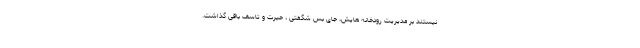
نیستند بر مدیریت رودخانه هایش، جای بس شگفتی ، حیرت و تاسف باقی گذاشت.